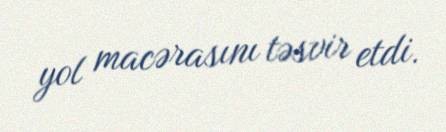
yol macərasını təsvir etdi.